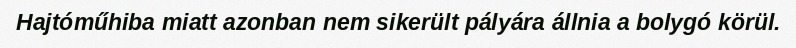
Hajtóműhiba miatt azonban nem sikerült pályára állnia a bolygó körül.